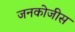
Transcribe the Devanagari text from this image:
जनकोजीस